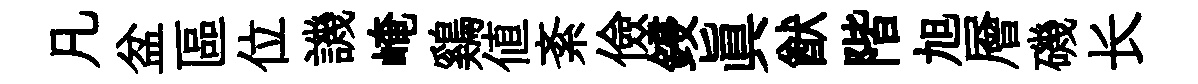
凡盆區位譏崦鷄值紊儉鋟眞猷階旭層磯长